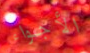
الأجواء